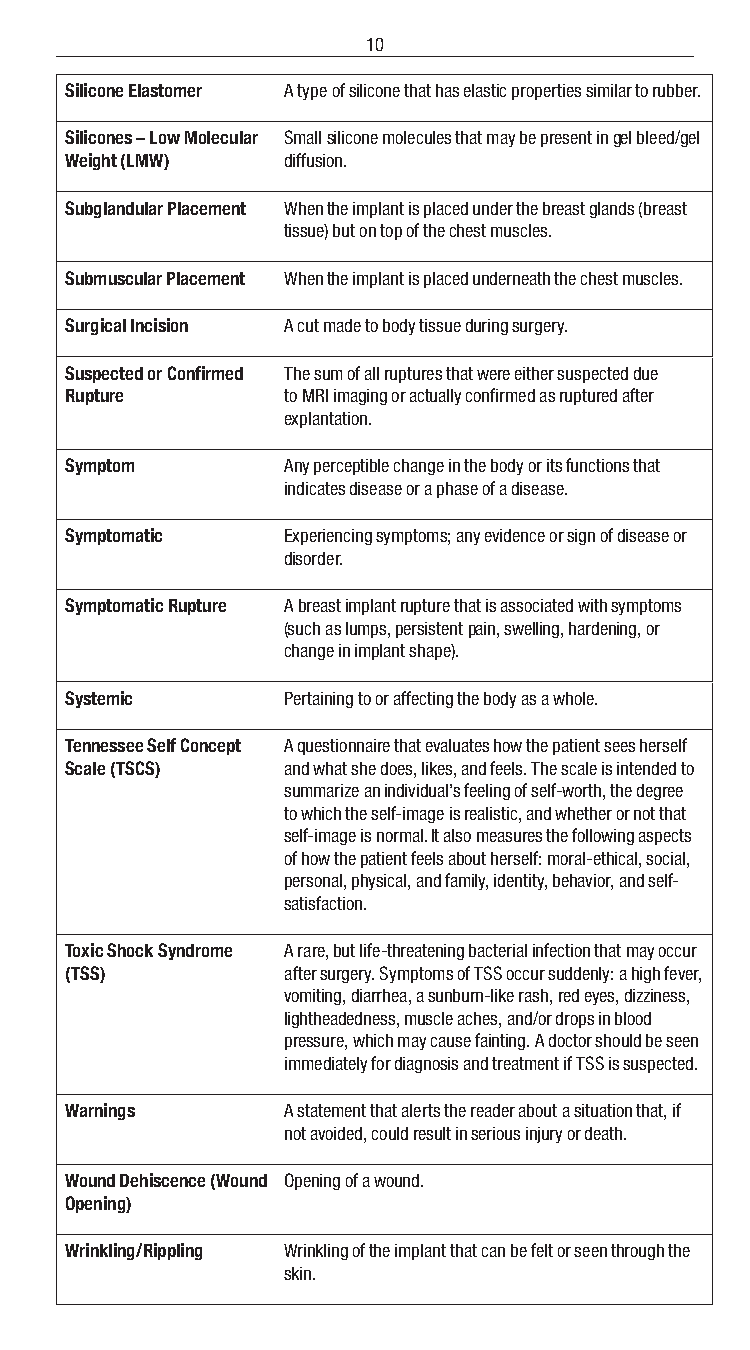
10
 Silicone Elastomer A type of silicone that has elastic properties similar to rubber.
 Silicones – Low Molecular Small silicone molecules that may be present in gel bleed/gel
 Weight (LMW)   diffusion.
 Subglandular Placement When the implant is placed under the breast glands (breast
 tissue) but on top of the chest muscles.
 Submuscular Placement When the implant is placed underneath the chest muscles.
 Surgical Incision A cut made to body tissue during surgery.
 Suspected or Confirmed The sum of all ruptures that were either suspected due
 Rupture        to MRI imaging or actually confirmed as ruptured after
 explantation.
 Symptom        Any perceptible change in the body or its functions that
 indicates disease or a phase of a disease.
 Symptomatic    Experiencing symptoms; any evidence or sign of disease or
 disorder.
 Symptomatic Rupture A breast implant rupture that is associated with symptoms
 (such as lumps, persistent pain, swelling, hardening, or
 change in implant shape).
 Systemic       Pertaining to or affecting the body as a whole.
 Tennessee Self Concept A questionnaire that evaluates how the patient sees herself
 Scale (TSCS)   and what she does, likes, and feels. The scale is intended to
 summarize an individual’s feeling of self-worth, the degree
 to which the self-image is realistic, and whether or not that
 self-image is normal. It also measures the following aspects
 of how the patient feels about herself: moral-ethical, social,
 personal, physical, and family, identity, behavior, and self-
 satisfaction.
 Toxic Shock Syndrome A rare, but life-threatening bacterial infection that may occur
 (TSS)          after surgery. Symptoms of TSS occur suddenly: a high fever,
 vomiting, diarrhea, a sunburn-like rash, red eyes, dizziness,
 lightheadedness, muscle aches, and/or drops in blood
 pressure, which may cause fainting. A doctor should be seen
 immediately for diagnosis and treatment if TSS is suspected.
 Warnings       A statement that alerts the reader about a situation that, if
 not avoided, could result in serious injury or death.
 Wound Dehiscence (Wound Opening of a wound.
 Opening)
 Wrinkling/Rippling Wrinkling of the implant that can be felt or seen through the
 skin.